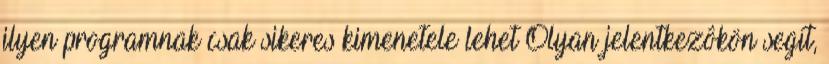
ilyen programnak csak sikeres kimenetele lehet Olyan jelentkezôkön segít,